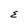
Character: E